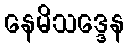
နေမိသဒ္ဒေန